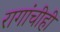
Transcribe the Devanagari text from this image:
रागांचीही